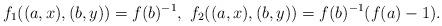
LaTeX: \begin{align*}f_1((a,x),(b,y))=f(b)^{-1},~f_2((a,x),(b,y))=f(b)^{-1}(f(a)-1).\end{align*}